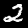
Label: 2